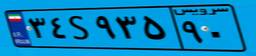
۳۶S۴۱۰۵۳